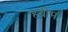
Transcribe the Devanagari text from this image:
हबीमा